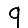
Digit: 9